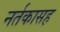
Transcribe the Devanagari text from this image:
नर्तकासह